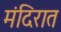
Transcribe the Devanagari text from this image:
मंदिरात